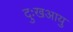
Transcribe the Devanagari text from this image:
दुःखआयु